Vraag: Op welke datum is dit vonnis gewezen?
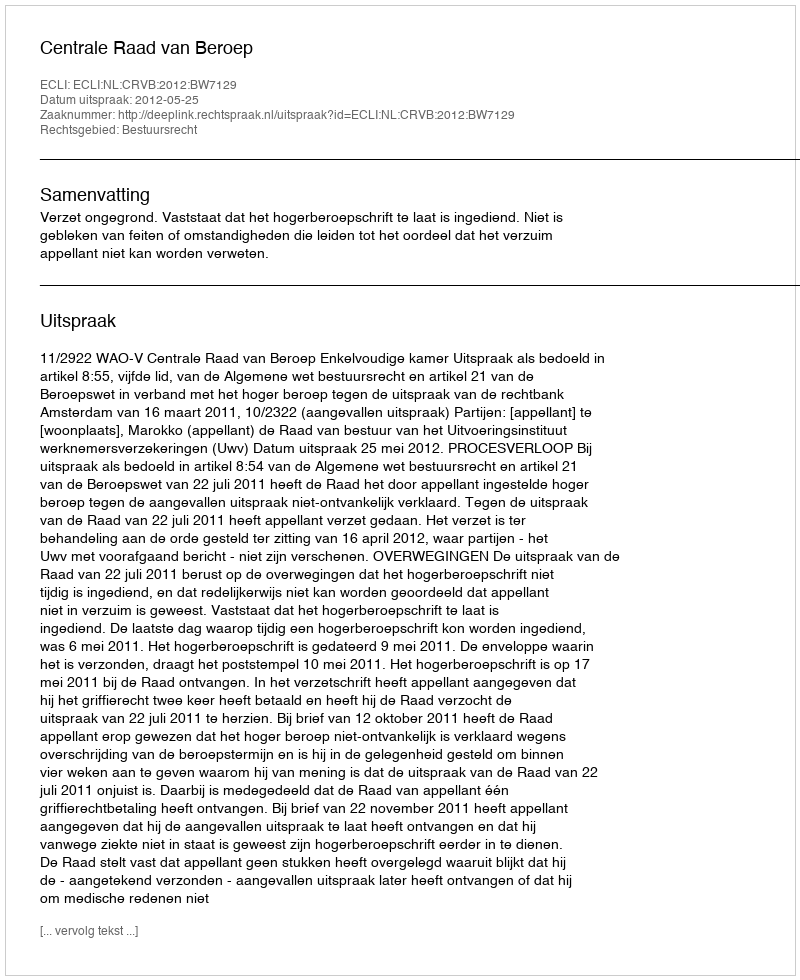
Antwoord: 2012-05-25